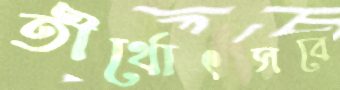
তীর্থোৎসবে